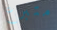
متبرع